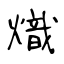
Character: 熾